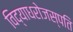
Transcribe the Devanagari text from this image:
विद्याधरोजस्पति